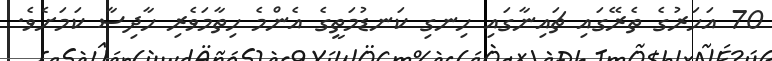
70 އަހަރުގެ ތެރޭގައި ޗައިނާގައި ހިނގި ކަނޑުމަތީގެ އެންމެ ހިތާމަވެރި ހާދިސާ ކަމަށެވެ.